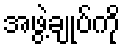
အဖွဲ့ချုပ်ကို